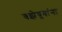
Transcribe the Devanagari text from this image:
वझेबुवांना